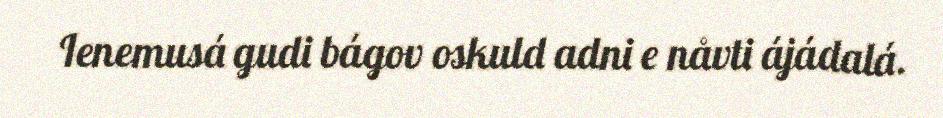
Ienemusá gudi bágov oskuld adni e nåvti ájádalá.